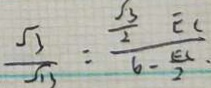
\frac { \sqrt { 3 } } { \sqrt { 1 3 } } = \frac { \frac { \sqrt { 3 } } { 2 } E C } { 6 - \frac { E C } { 2 } } .